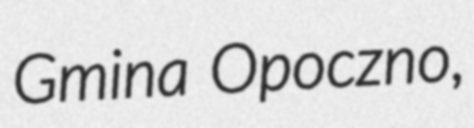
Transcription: Gmina Opoczno,